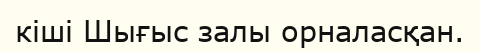
кіші Шығыс залы орналасқан.